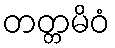
တတ္တမိဝံ